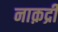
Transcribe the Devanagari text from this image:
नाक़द्री